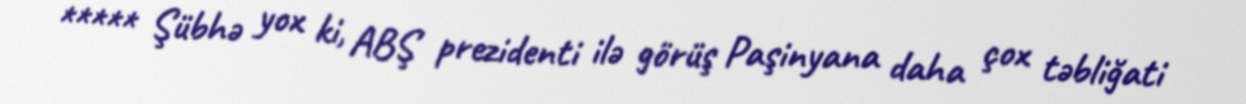
***** Şübhə yox ki, ABŞ prezidenti ilə görüş Paşinyana daha çox təbliğati